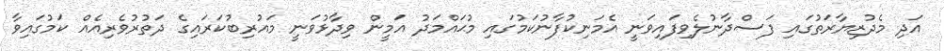
އަދި މެދުޒިޔާރަތުގައި ފަސްދާނުލެވިފައިވަނީ އެމަނިކުފާނުކަމުގައި މުޙައްމަދު އަމީން ވިދާޅުވަނީ މައުރިބުކަރައިގެ ދަތުރުވެރިއެއް ކަމުގައިވާ